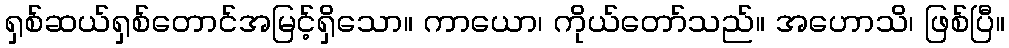
ရှစ်ဆယ်ရှစ်တောင်အမြင့်ရှိသော။ ကာယော၊ ကိုယ်တော်သည်။ အဟောသိ၊ ဖြစ်ပြီ။